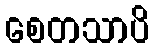
စေတသာပိ